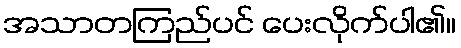
အသာတကြည်ပင် ပေးလိုက်ပါ၏။